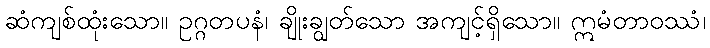
ဆံကျစ်ထုံးသော။ ဥဂ္ဂတပနံ၊ ချိုးချွတ်သော အကျင့်ရှိသော။ ဣမံတာဝဿံ၊